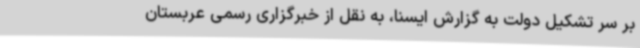
بر سر تشکیل دولت به گزارش ایسنا، به نقل از خبرگزاری رسمی عربستان